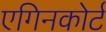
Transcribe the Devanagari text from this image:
एगिनकोर्ट